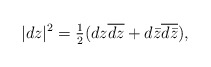
\begin{align*}|dz|^2 = \tfrac12 (dz\overline{dz} + d\bar z\overline{d\bar z}),\end{align*}